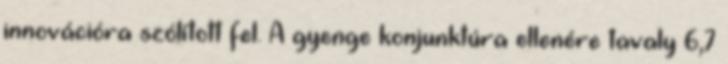
innovációra szólított fel. A gyenge konjunktúra ellenére tavaly 6,7